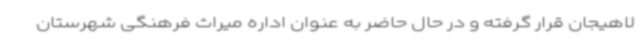
لاهیجان قرار گرفته و در حال حاضر به عنوان اداره میراث فرهنگی شهرستان